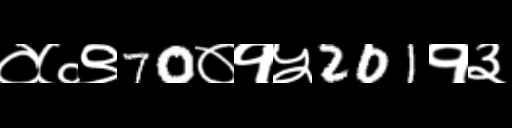
Text: ०७९70०१५201१३